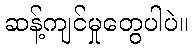
ဆန့်ကျင်မှုတွေပါပဲ။